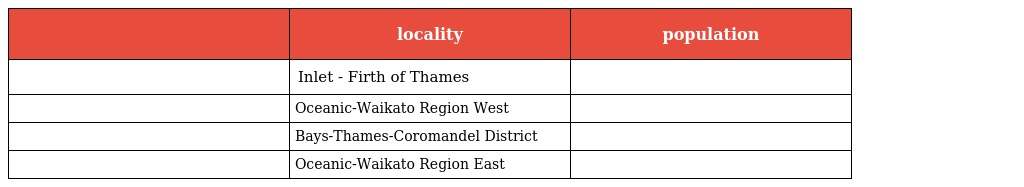
|  | locality | population |
 | --- | --- | --- |
 |  | Inlet - Firth of Thames |  |
 |  | Oceanic-Waikato Region West |  |
 |  | Bays-Thames-Coromandel District |  |
 |  | Oceanic-Waikato Region East |  |